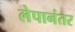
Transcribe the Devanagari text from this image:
लेपानंतर